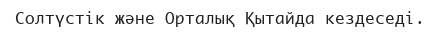
Солтүстік және Орталық Қытайда кездеседі.